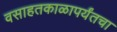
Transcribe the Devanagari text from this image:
वसाहतकाळापर्यंतचा